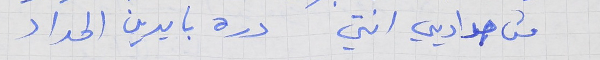
من حداديي انتي     دره بايدين الحداد